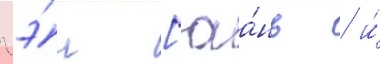
гэ́н [юа́нь / и́